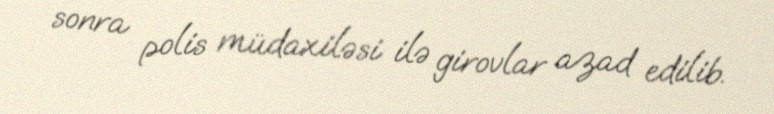
sonra polis müdaxiləsi ilə girovlar azad edilib.